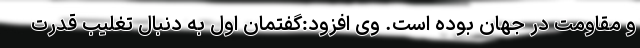
و مقاومت در جهان بوده است. وی افزود:گفتمان اول به دنبال تغلیب قدرت